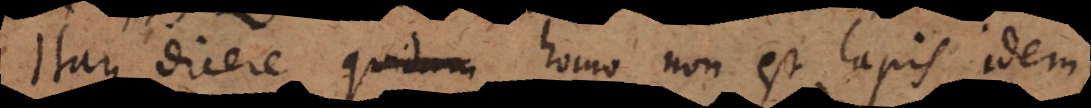
dicere dicere quidam homo non est lapis idem